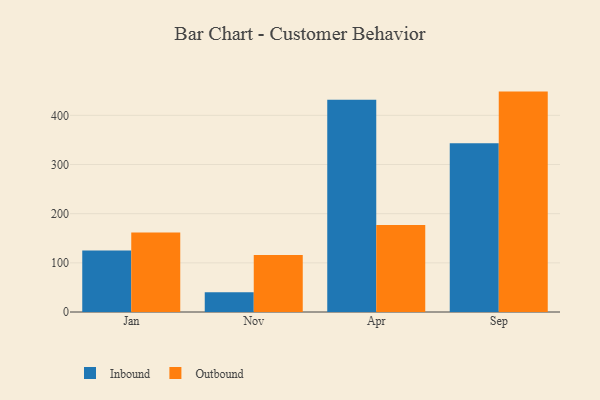
{"axis": {"x": "Month", "y": "LTV (USD)"}, "legend": ["Inbound", "Outbound"], "data": [{"x": "Jan", "y": 125.2, "type": "Inbound"}, {"x": "Jan", "y": 161.6, "type": "Outbound"}, {"x": "Nov", "y": 40.1, "type": "Inbound"}, {"x": "Nov", "y": 115.7, "type": "Outbound"}, {"x": "Apr", "y": 431.9, "type": "Inbound"}, {"x": "Apr", "y": 177.1, "type": "Outbound"}, {"x": "Sep", "y": 343.0, "type": "Inbound"}, {"x": "Sep", "y": 448.3, "type": "Outbound"}]}